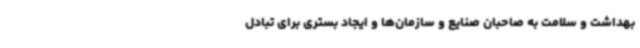
بهداشت و سلامت به صاحبان صنایع و سازمان‌ها و ایجاد بستری برای تبادل